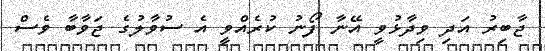
ޖާބިރު އަދި ވިދާޅުވީ އޭނާ ފޯނު ކުރެއްވީ އެ ސުވާލުގެ ޖަވާބާ ވެސް